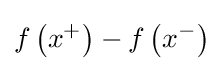
f\left(x^{+}\right)-f\left(x^{-}\right)